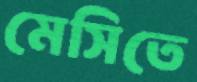
মেসিতে